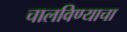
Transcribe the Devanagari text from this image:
चालविण्‍याचा